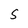
Character: S